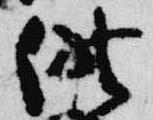
供